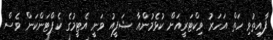
ފާއިތުވި ހަތް އަހަރު ވިކްޓަރީއަށް ކުޅެމުންއާ ޝަފީއު ވަނީ އެޓީމުގެ ކެޕްޓަންކަން ވެސް